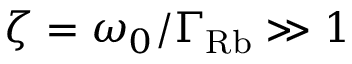
\zeta = \omega _ { 0 } / \Gamma _ { \mathrm { R b } } \gg 1